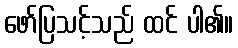
ဖော်ပြသင့်သည် ထင် ပါ၏။